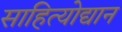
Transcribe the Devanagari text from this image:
साहित्योद्यान